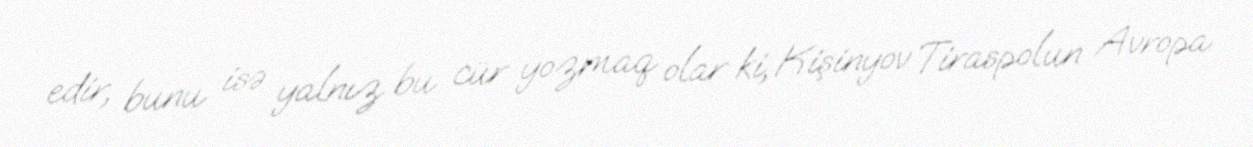
edir, bunu isə yalnız bu cür yozmaq olar ki, Kişinyov Tiraspolun Avropa